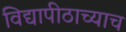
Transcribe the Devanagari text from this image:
विद्यापीठाच्याच